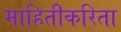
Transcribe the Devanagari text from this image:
माहितीकरिता